Annual report of the Central Committee of the Association together with the report of the directors of the Pasteur Institute at Kasauli
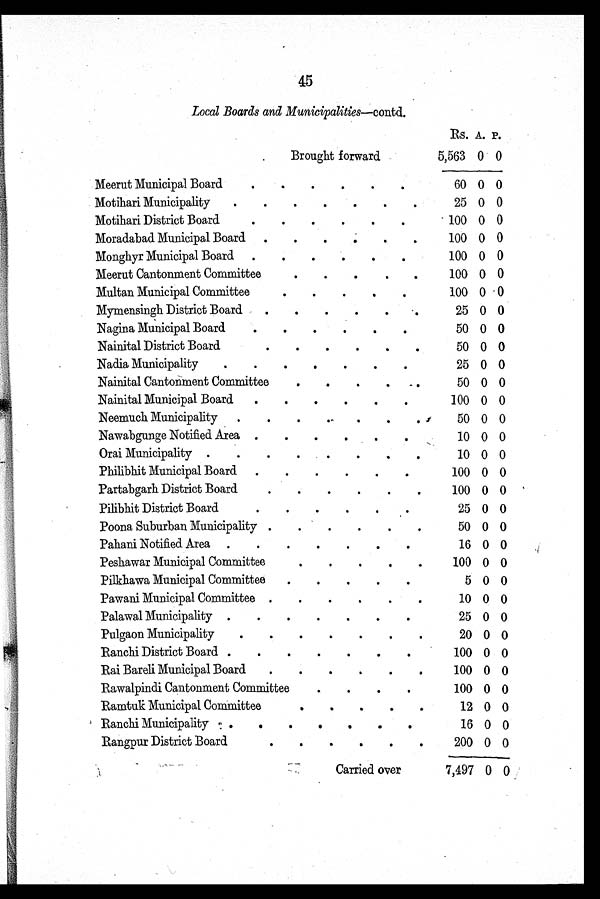
45
Local Boards and Municipalities—contd.
Rs. A. P.
Brought forward
5,563 0 0
Meerut Municipal Board
60 0 0
Motihari Municipality
25 0 0
Motihari District Board
100 0 0
Moradabad Municipal Board
100 0 0
Monghyr Municipal Board
100 0 0
Meerut Cantonment Committee
100 0 0
Multan Municipal Committee
100 0 0
Mymensingh District Board
25 0 0
Nagina Municipal Board
50 0 0
Nainital District Board
50 0 0
Nadia Municipality
25 0 0
Nainital Cantonment Committee
50 0 0
Nainital Municipal Board
100 0 0
Neemuch Municipality
50 0 0
Nawabgunge Notified Area
10 0 0
Orai Municipality
10 0 0
Philibhit Municipal Board
100 0 0
Partabgarh District Board
100 0 0
Pilibhit District Board
25 0 0
Poona Suburban Municipality
50 0 0
Pahani Notified Area
16 0 0
Peshawar Municipal Committee
100 0 0
Pilkhawa Municipal Committee
5 0 0
Pawani Municipal Committee
10 0 0
Palawal Municipality
25 0 0
Pulgaon Municipality
20 0 0
Ranchi District Board
100 0 0
Rai Bareli Municipal Board
100 0 0
Rawalpindi Cantonment Committee
100 0 0
Ramtuk Municipal Committee
12 0 0
Ranchi Municipality
16 0 0
Rangpur District Board
200 0 0
Carried over
7,497 0 0